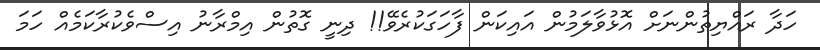
ހަދާ ރައްޔިތުންނަށް އޮޅުވާލަމުން އައިކަން ފާހަގަކުރެވޭ!! ދިނީ ގޮތުން އިމްރާނު އިސްވެކުރާކަމެއް ހަމަ